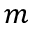
m